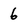
Character: 6